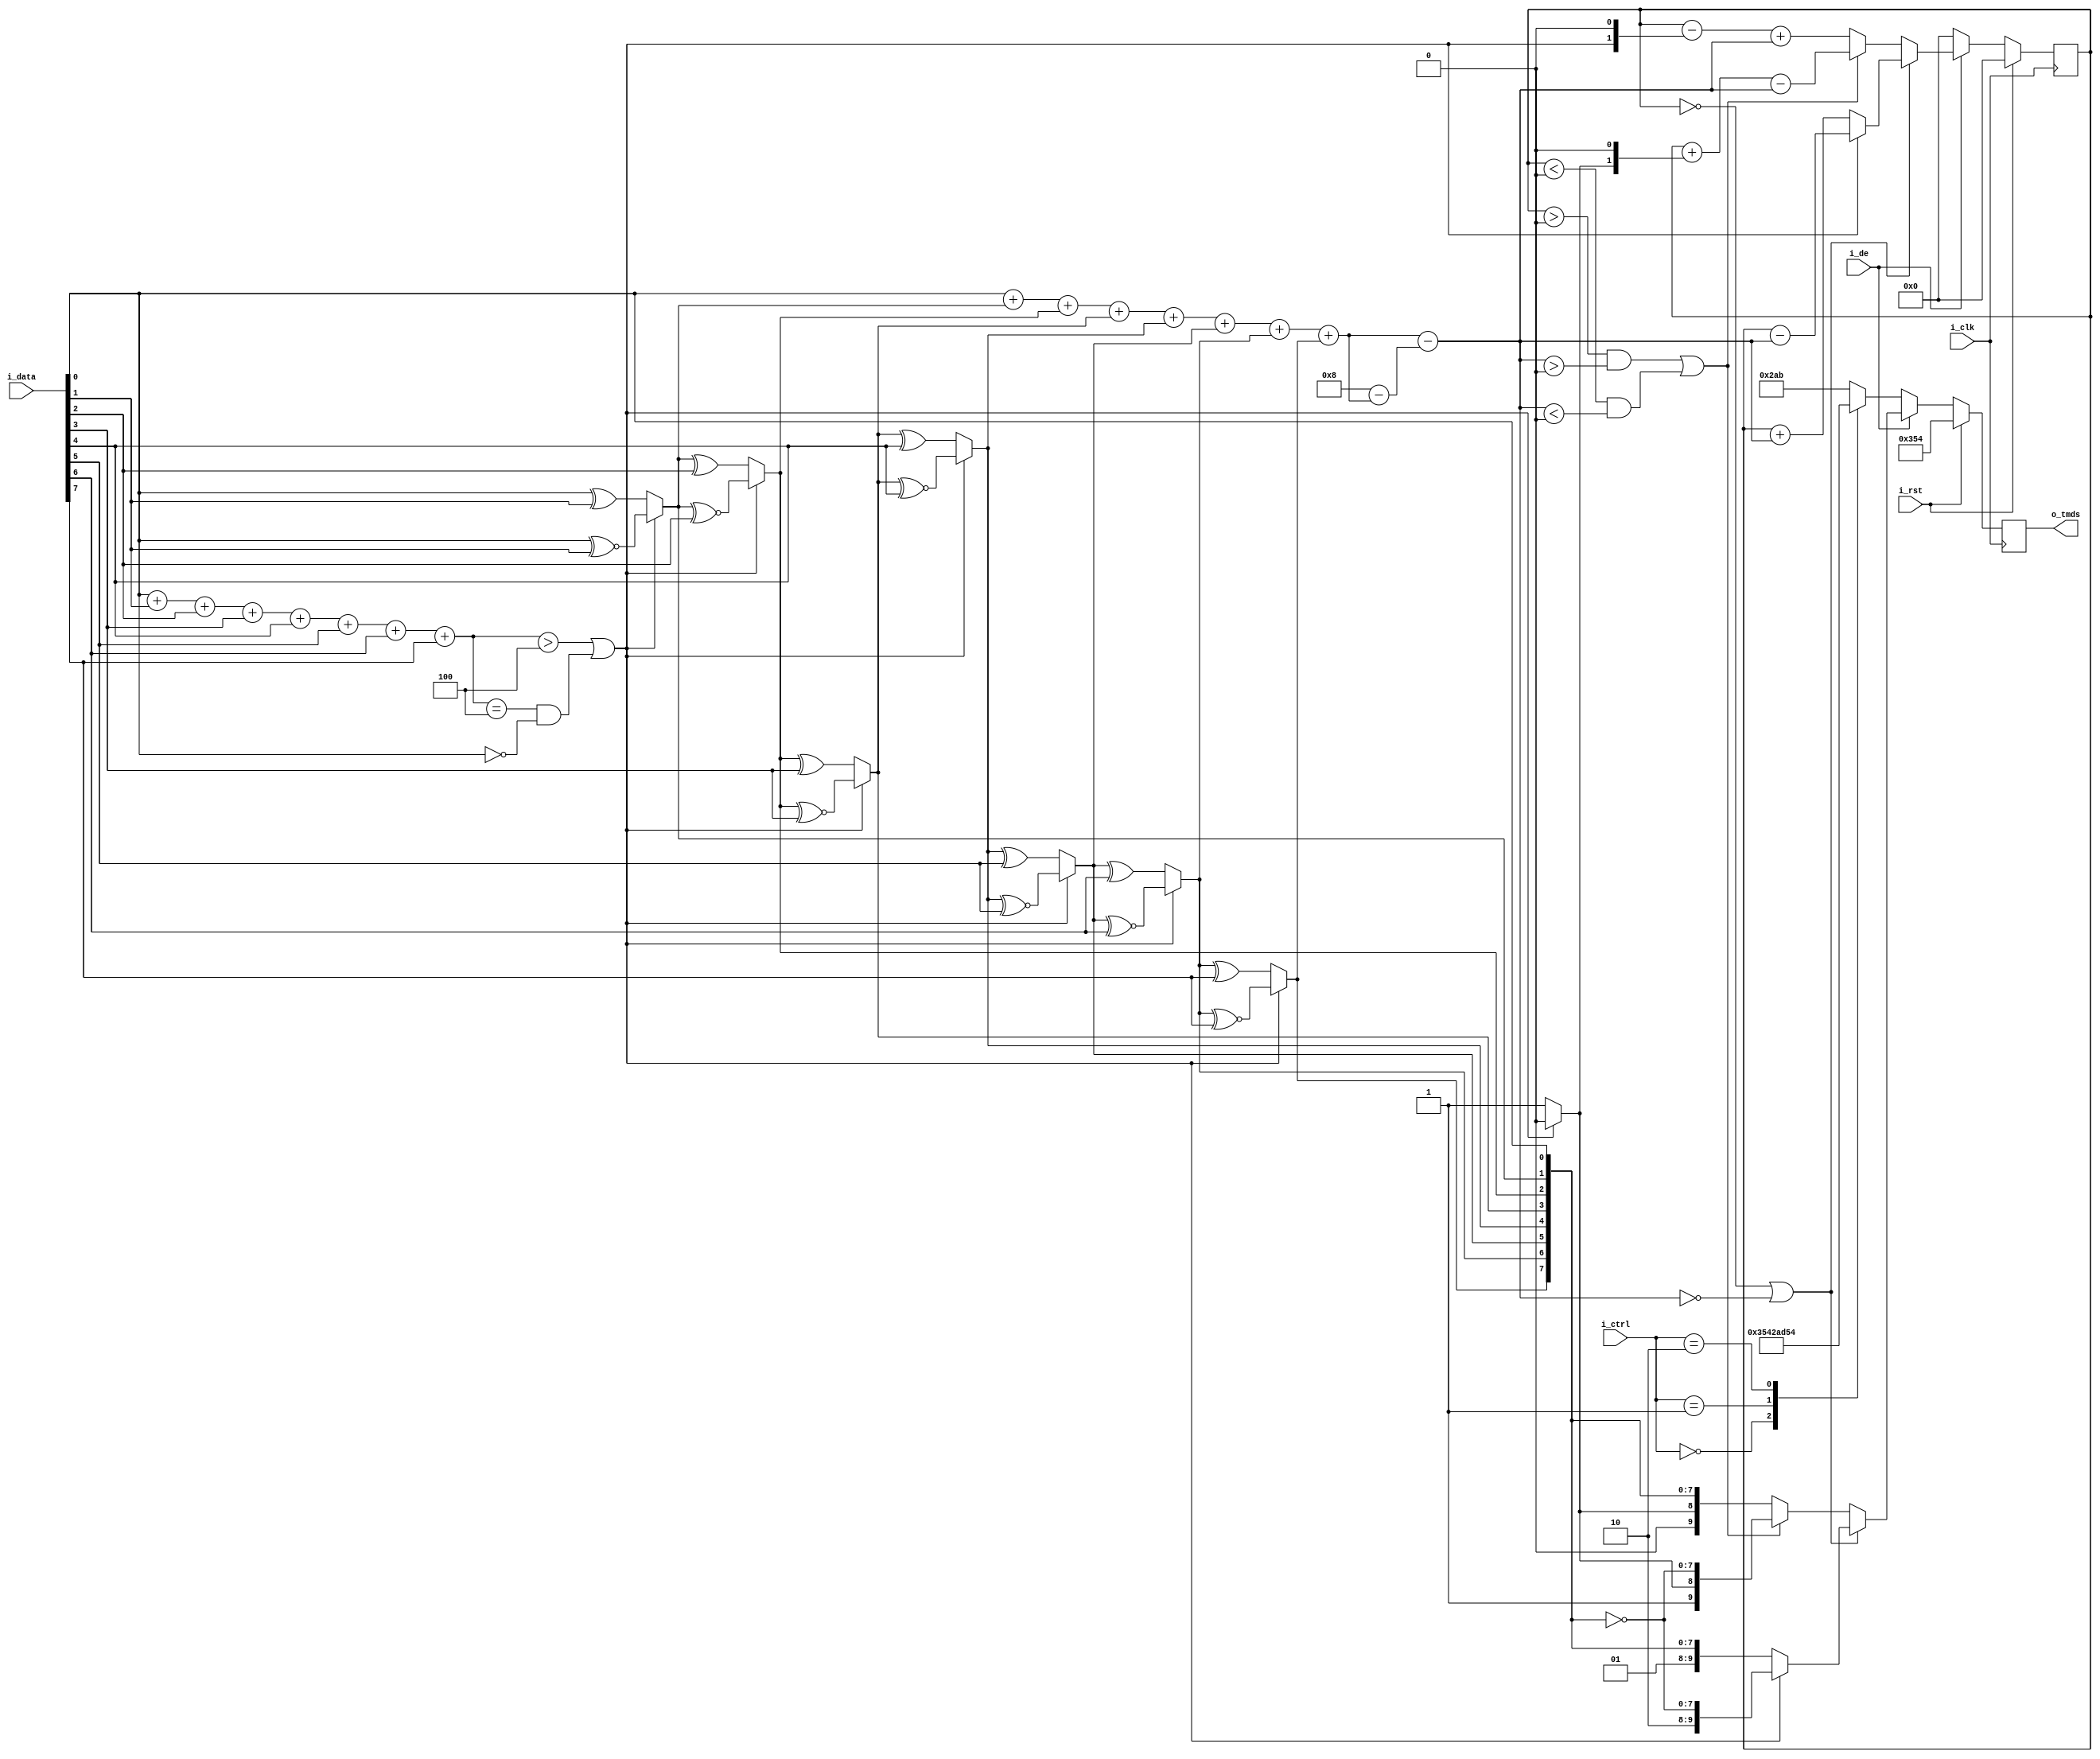
// This program was cloned from: https://github.com/OVGN/OpenIRV
// License: Apache License 2.0

// Project F: Display TMDS Encoder for DVI
// (C)2019 Will Green, Open source hardware released under the MIT License
// Learn more at https://projectf.io

/* 
 * ----------------------------------------------------------------------------
 * Original project repository: https://github.com/projf/display_controller
 * Modified for OpenIRV project by Vaagn Oganesyan <ovgn@protonmail.com>
 * ----------------------------------------------------------------------------
 */


`timescale 1ps / 1ps
`default_nettype none


module tmds_encoder_dvi
(
    input  wire         i_clk,      // clock
    input  wire         i_rst,      // reset (active high)
    input  wire [7:0]   i_data,     // colour data
    input  wire [1:0]   i_ctrl,     // control data
    input  wire         i_de,       // display enable (active high)
    output reg  [9:0]   o_tmds      // encoded TMDS data
);

    // select basic encoding based on the ones in the input data
    wire [3:0] d_ones = {3'b0,i_data[0]} + {3'b0,i_data[1]} + {3'b0,i_data[2]}
                      + {3'b0,i_data[3]} + {3'b0,i_data[4]} + {3'b0,i_data[5]}
                      + {3'b0,i_data[6]} + {3'b0,i_data[7]};
    
    wire use_xnor = (d_ones > 4'd4) || ((d_ones == 4'd4) && (i_data[0] == 0));

    // encode colour data with xor/xnor
    /* verilator lint_off UNOPTFLAT */
    wire [8:0] enc_qm;
    assign enc_qm[0] = i_data[0];
    assign enc_qm[1] = (use_xnor) ? (enc_qm[0] ~^ i_data[1]) : (enc_qm[0] ^ i_data[1]);
    assign enc_qm[2] = (use_xnor) ? (enc_qm[1] ~^ i_data[2]) : (enc_qm[1] ^ i_data[2]);
    assign enc_qm[3] = (use_xnor) ? (enc_qm[2] ~^ i_data[3]) : (enc_qm[2] ^ i_data[3]);
    assign enc_qm[4] = (use_xnor) ? (enc_qm[3] ~^ i_data[4]) : (enc_qm[3] ^ i_data[4]);
    assign enc_qm[5] = (use_xnor) ? (enc_qm[4] ~^ i_data[5]) : (enc_qm[4] ^ i_data[5]);
    assign enc_qm[6] = (use_xnor) ? (enc_qm[5] ~^ i_data[6]) : (enc_qm[5] ^ i_data[6]);
    assign enc_qm[7] = (use_xnor) ? (enc_qm[6] ~^ i_data[7]) : (enc_qm[6] ^ i_data[7]);
    assign enc_qm[8] = (use_xnor) ? 0 : 1;
    /* verilator lint_on UNOPTFLAT */

    // disparity in encoded data for DC balancing: needs to cover -8 to +8
    wire signed [4:0] ones = {4'b0,enc_qm[0]} + {4'b0,enc_qm[1]}
                           + {4'b0,enc_qm[2]} + {4'b0,enc_qm[3]} + {4'b0,enc_qm[4]}
                           + {4'b0,enc_qm[5]} + {4'b0,enc_qm[6]} + {4'b0,enc_qm[7]};

    wire signed [4:0] zeros = 5'b01000 - ones;
    wire signed [4:0] balance = ones - zeros;

    // record ongoing DC bias
    reg signed [4:0] bias;

    always @(posedge i_clk) begin
        if (i_rst) begin
            o_tmds <= 10'b1101010100;  // equivalent to ctrl 2'b00
            bias <= 5'sb00000;
        end else begin
            if (i_de == 0) begin   // send control data in blanking interval
                case (i_ctrl)  // ctrl sequences (always have 7 transitions)
                    2'b00:   o_tmds <= 10'b1101010100;
                    2'b01:   o_tmds <= 10'b0010101011;
                    2'b10:   o_tmds <= 10'b0101010100;
                    default: o_tmds <= 10'b1010101011;
                endcase
                
                bias <= 5'sb00000;
            end else begin  // send pixel colour data (at most 5 transitions)
                if (bias == 0 || balance == 0) begin    // no prior bias or disparity
                    if (enc_qm[8] == 0) begin
                        // $display("\t%d %b %d, %d, A1", i_data, enc_qm, ones, bias);
                        o_tmds[9:0] <= {2'b10, ~enc_qm[7:0]};
                        bias <= bias - balance;
                    end else begin
                        // $display("\t%d %b %d, %d, A0", i_data, enc_qm, ones, bias);
                        o_tmds[9:0] <= {2'b01, enc_qm[7:0]};
                        bias <= bias + balance;
                    end
                end else begin
                    if ((bias > 0 && balance > 0) || (bias < 0 && balance < 0)) begin
                        // $display("\t%d %b %d, %d, B1", i_data, enc_qm, ones, bias);
                        o_tmds[9:0] <= {1'b1, enc_qm[8], ~enc_qm[7:0]};
                        bias <= bias + {3'b0, enc_qm[8], 1'b0} - balance;
                    end else begin
                        // $display("\t%d %b %d, %d, B0", i_data, enc_qm, ones, bias);
                        o_tmds[9:0] <= {1'b0, enc_qm[8], enc_qm[7:0]};
                        bias <= bias - {3'b0, ~enc_qm[8], 1'b0} + balance;
                    end
                end
            end
        end
    end
    
endmodule

`default_nettype wire